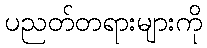
ပညတ်တရားများကို